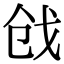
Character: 戗